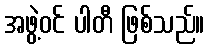
အဖွဲ့ဝင် ပါတီ ဖြစ်သည်။